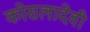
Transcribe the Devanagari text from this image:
कोसलादेवी